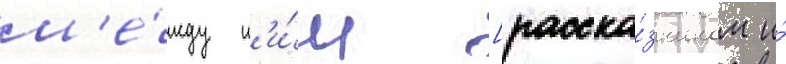
м'е́жду н'и́м [расска́зчиком и́